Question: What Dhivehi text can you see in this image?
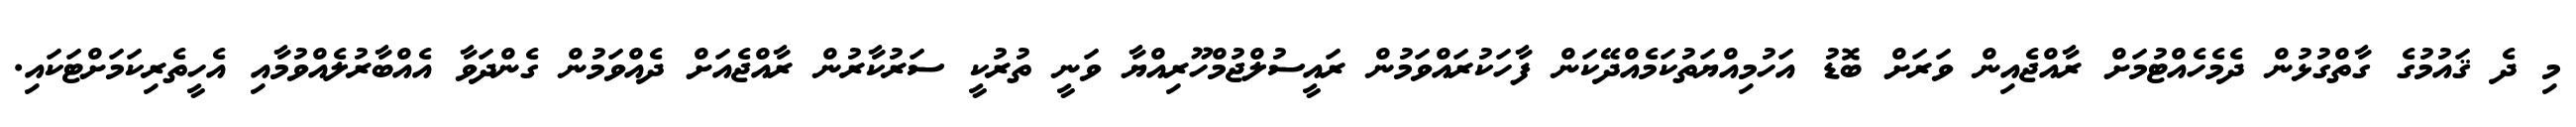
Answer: މި ދެ ޤައުމުގެ ގާތްގުޅުން ދެމެހެއްޓުމަށް ރާއްޖެއިން ވަރަށް ބޮޑު އަހުމިއްޔަތުކަމެއްދޭކަން ފާހަކުރައްވަމުން ރައީސުލްޖުމްހޫރިއްޔާ ވަނީ ތުރުކީ ސަރުކާރުން ރާއްޖެއަށް ދެއްވަމުން ގެންދަވާ އެއްބާރުލެއްވުމާއި އެހީތެރިކަމަށްޓަކައި.